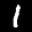
Digit: 1